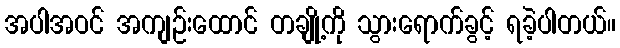
အပါအဝင် အကျဉ်းထောင် တချို့ကို သွားရောက်ခွင့် ရခဲ့ပါတယ်။